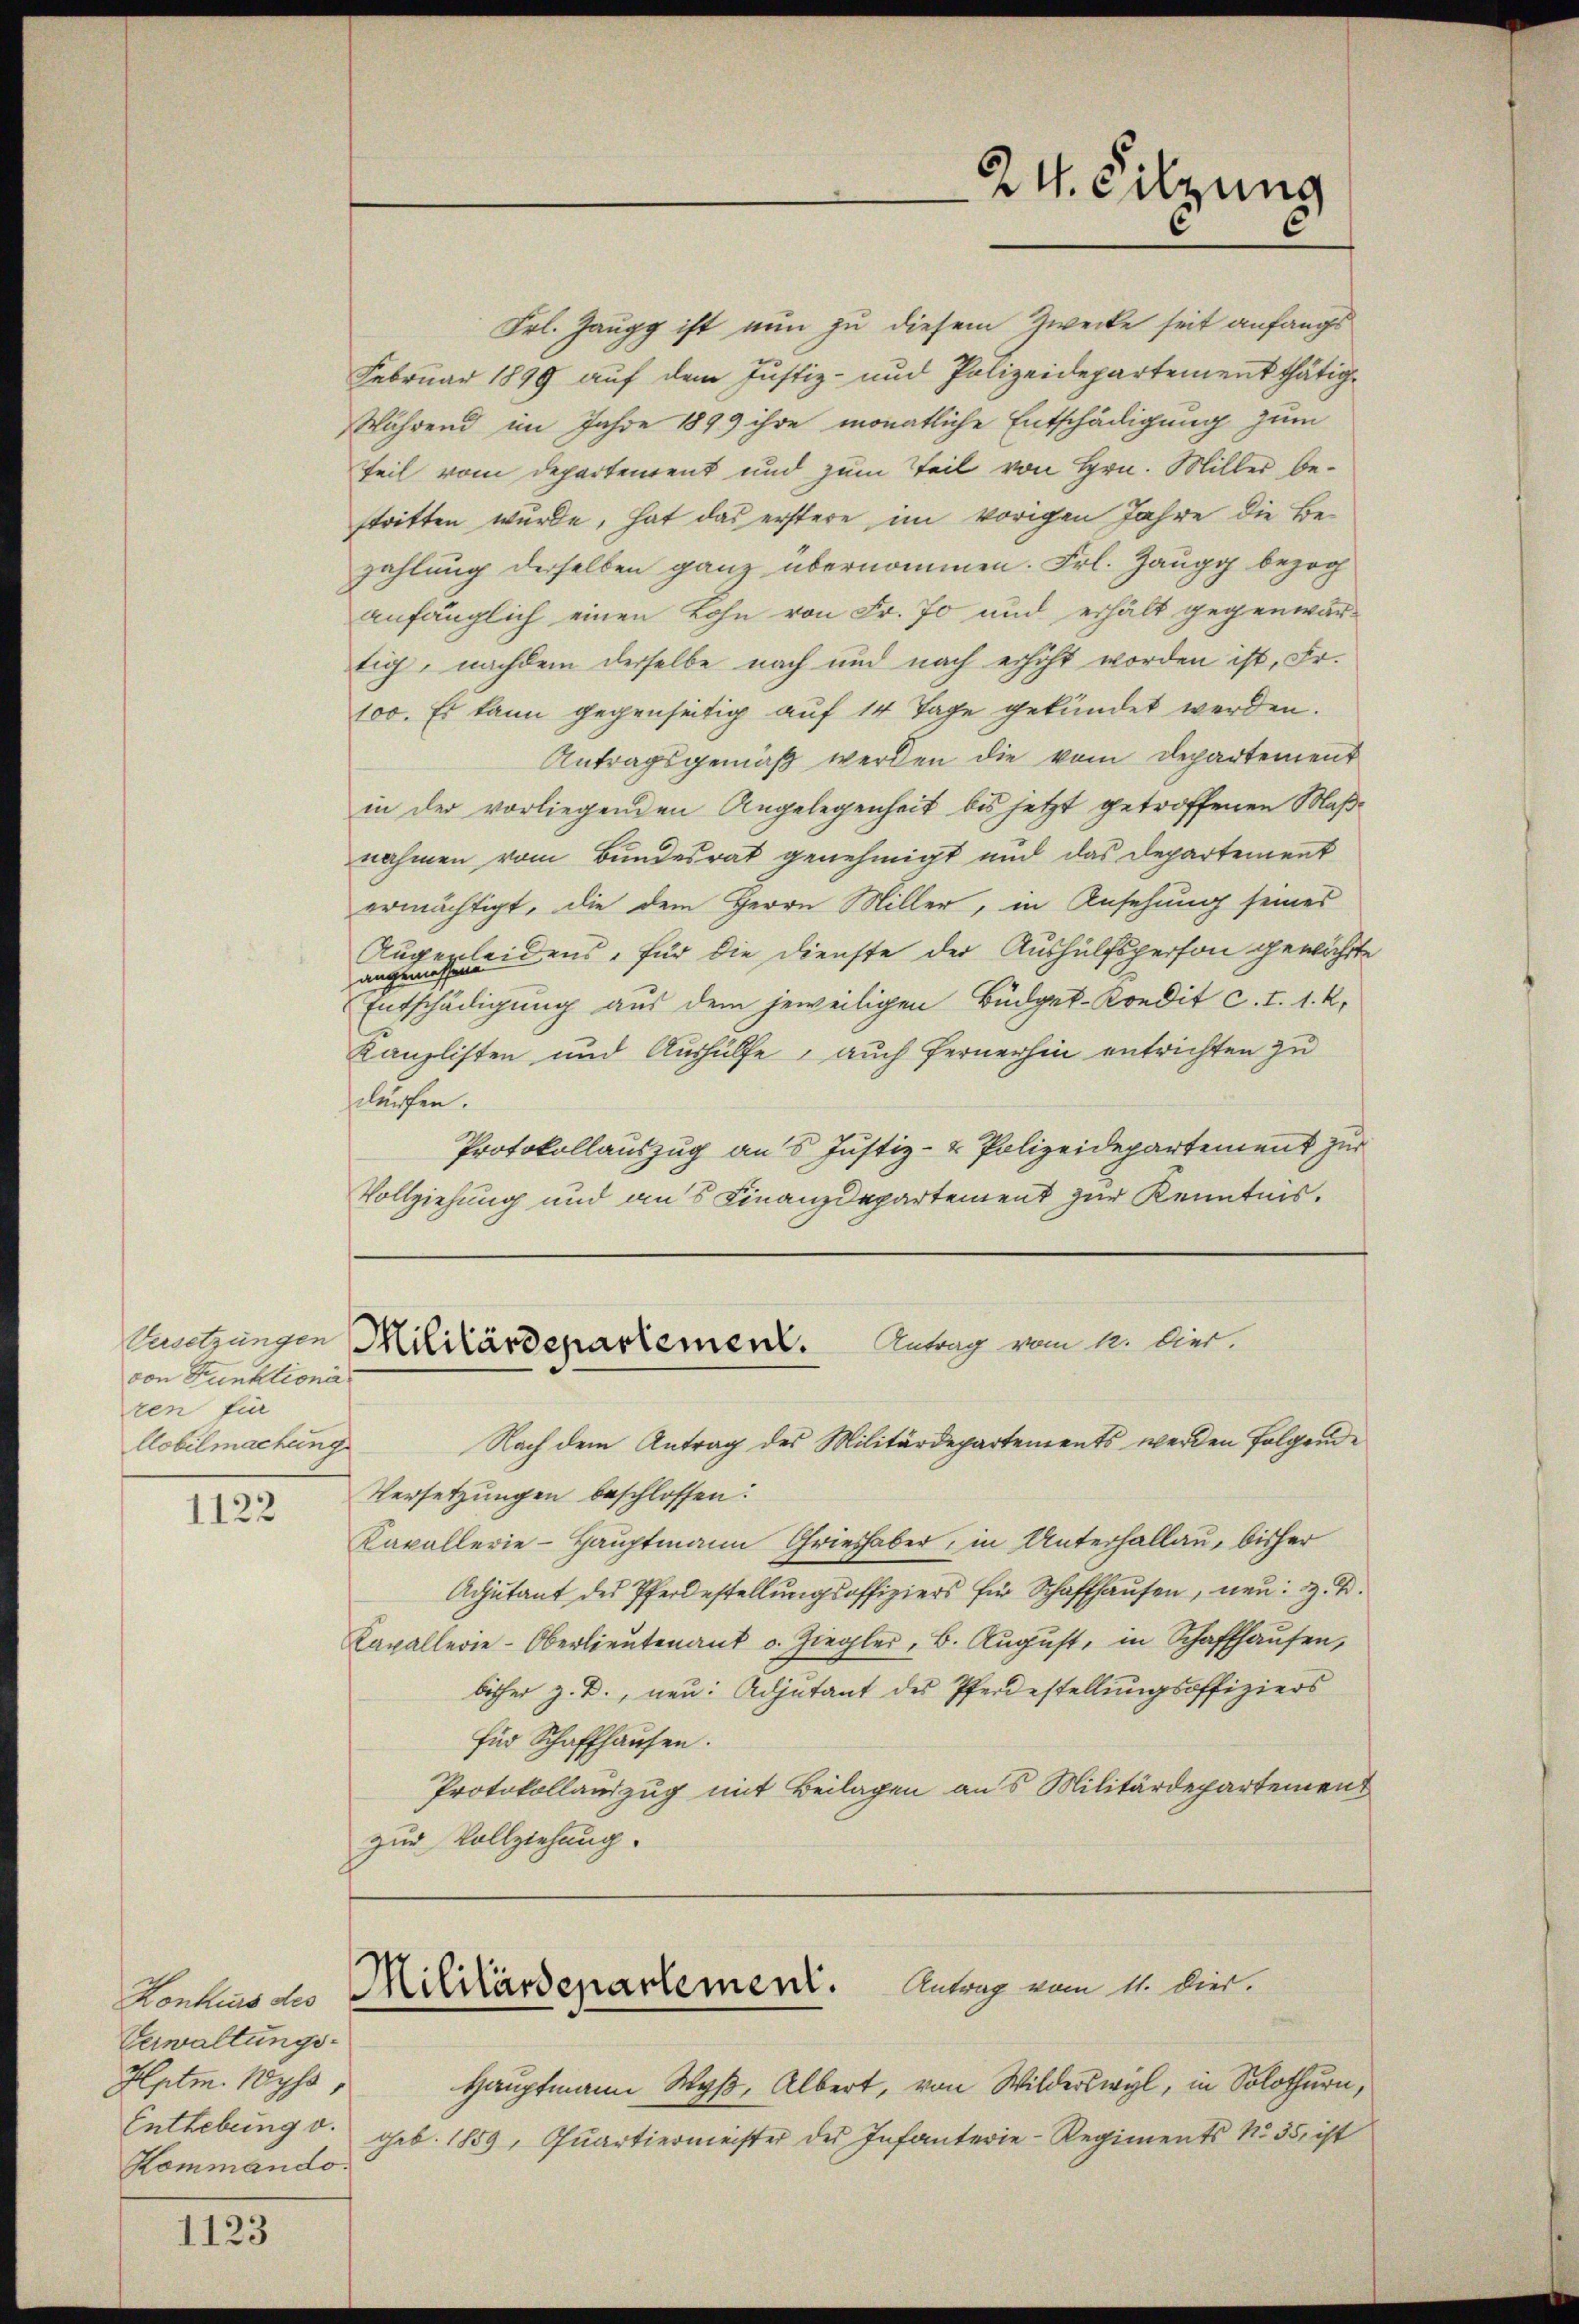
von Stunktiona
ten fü
Aobelmachung

1122

1123

Frl. Zaugg ist nun zu diesem Zwecke seit anfangs
Februar 1899 auf dem Justiz- und Polizeidepartement thätig¬
Während im Jahre 1899 ihre monatliche Entschädigung zum
Teil vom Departenrent und zum Teil von Hrn. Miller bestritten wurde, hat das erstere im vorigen Jahre die Bezahlung derselben ganz übernommen. Frl. Zaugg bezog
anfänglich einen Lohn von Fr. 70 und erhält gegenwär-
tig, nachdem derselbe nach und nach erhöht worden ist, Fr.
100. Es kann gegenseitig auf 14 Tage gekündet werden.
Antragsgemäß werden die vom Departement
in der vorliegenden Angelegenheit bis jetzt getroffenen Maßnahmen vom Bundesrat genehmigt und das Departement
ermächtigt, die dem Herrn Miller, in Ansehung seines
Angeleidens, für die Dienste der Aushülfsperson gewährte
angen
Entschädigung aus dem jeweiligen Büdget-Kredit c. I. 1. k.
Kanzlisten und Aushülfe, auch fernerhin entrichten zu
dürfen.
Protokollauszug an 5 Justiz- & Polizeidepartement zur
Vollziehung und aus Finanzdepartement zur Kenntnis.

Konkurs des
Verwaltungs-
Hptm. Wyss
Enthebung v.
Kommando.

Antrag vom 12. Dier.
Cnutzungen Militärdepartement.

Nach dem Antrag des Militärdepartements werden Folgende
Versetzungen beschlossen:
Kapallerie-Hauptmann Grieshaber, in Unterhallau, bisher
Adjutant des Pferdestellŭngsoffiziers für Schaffhaŭsen, neu: z. B.
Kavallerie-Oberlieŭtenant u. Ziegler, b. Aŭgŭst, in Schaffhausen,
bisher z. B., neu: Adjutant des Pferdestellungsoffiziers
für Schaffhausen.
Protokollauszug mit Beilagen aus Militärdepartement
zur Vollziehung.

24. Sitzung

Militärdepartement. Antrag vom 11. Dier.

Hauptmann Wyβ, Albert, von Wilderswyl, in Solothurn,
geb. 1859, Quartiermeister der Infanterie-Regiments No 35 ist